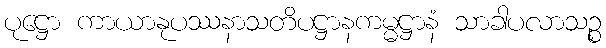
ပုဋ္ဌော ကာယာနုပဿနာသတိပဋ္ဌာနကမ္မဋ္ဌာနံ သာခါပလာသဉ္စ